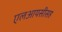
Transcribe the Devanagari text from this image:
एलआयसीसह